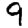
Digit: 9